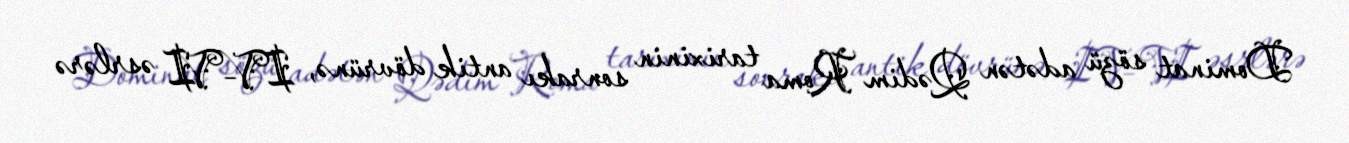
Dominat sözü adətən Qədim Roma tarixinin sonrakı antik dövrünə, IV–VI əsrlərə